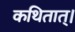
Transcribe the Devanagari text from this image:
कथितात्।